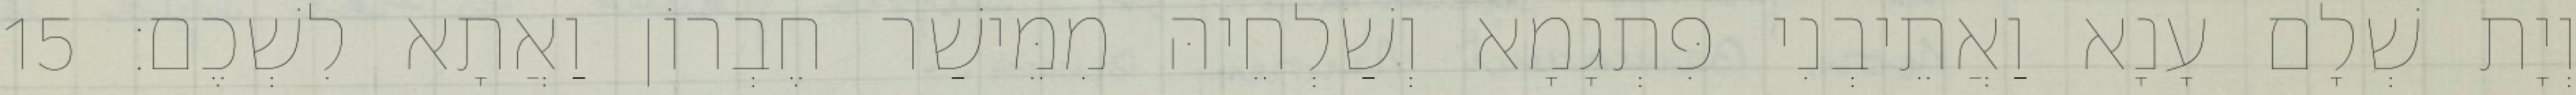
וְיָת שְׁלָם עָנָא וַאֲתֵיבְנִי פִּתְגָמָא וְשַׁלְחֵיהּ מִמֵּישַׁר חֶבְרוֹן וַאֲתָא לִשְׁכֶם׃ 15